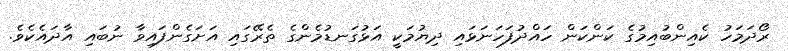
ރޯދަމަހު ކެއިންބުއިމުގެ ކަންކަން ހައްދުފަހަނަޅައި ދިޔުމަކީ އަޅުގަނޑުމެންގެ ތެރޭގައި އަށަގެންފައިވާ ނުބައި އާދައެކެވެ.